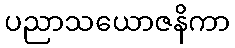
ပညာသယောဇနိကာ